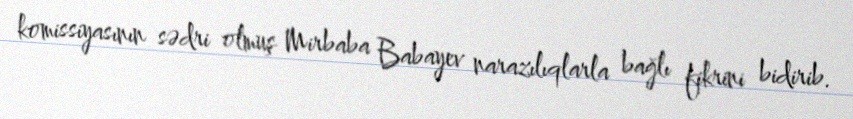
komissiyasının sədri olmuş Mirbaba Babayev narazılıqlarla bağlı fikrini bidirib.